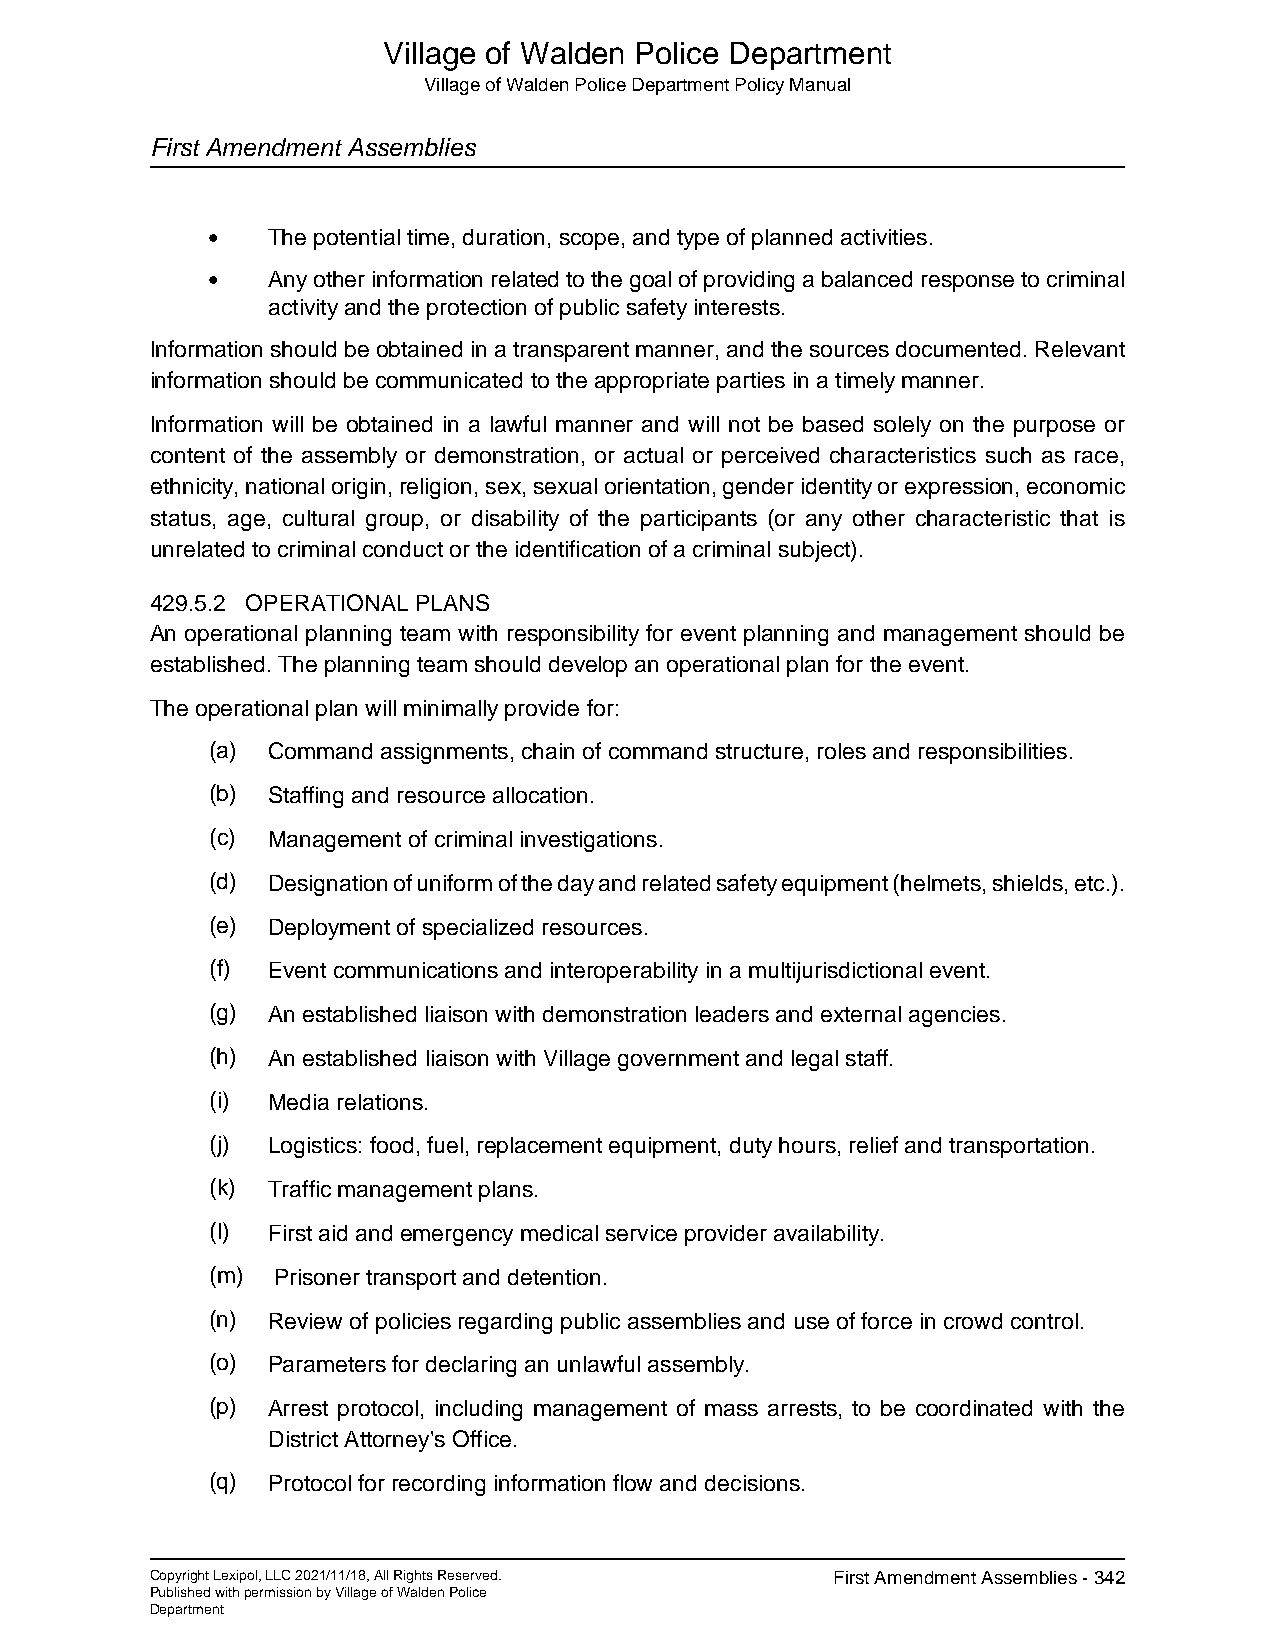
Village of Walden Police Department
 Village of Walden Police Department Policy Manual
 First Amendment Assemblies
 •   The potential time, duration, scope, and type of planned activities.
 •   Any other information related to the goal of providing a balanced response to criminal
 activity and the protection of public safety interests.
 Information should be obtained in a transparent manner, and the sources documented. Relevant
 information should be communicated to the appropriate parties in a timely manner.
 Information will be obtained in a lawful manner and will not be based solely on the purpose or
 content of the assembly or demonstration, or actual or perceived characteristics such as race,
 ethnicity, national origin, religion, sex, sexual orientation, gender identity or expression, economic
 status, age, cultural group, or disability of the participants (or any other characteristic that is
 unrelated to criminal conduct or the identification of a criminal subject).
 429.5.2 OPERATIONAL PLANS
 An operational planning team with responsibility for event planning and management should be
 established. The planning team should develop an operational plan for the event.
 The operational plan will minimally provide for:
 (a) Command assignments, chain of command structure, roles and responsibilities.
 (b) Staffing and resource allocation.
 (c) Management of criminal investigations.
 (d) Designation of uniform of the day and related safety equipment (helmets, shields, etc.).
 (e) Deployment of specialized resources.
 (f) Event communications and interoperability in a multijurisdictional event.
 (g) An established liaison with demonstration leaders and external agencies.
 (h) An established liaison with Village government and legal staff.
 (i) Media relations.
 (j) Logistics: food, fuel, replacement equipment, duty hours, relief and transportation.
 (k) Traffic management plans.
 (l) First aid and emergency medical service provider availability.
 (m) Prisoner transport and detention.
 (n) Review of policies regarding public assemblies and use of force in crowd control.
 (o) Parameters for declaring an unlawful assembly.
 (p) Arrest protocol, including management of mass arrests, to be coordinated with the
 District Attorney's Office.
 (q) Protocol for recording information flow and decisions.
 Copyright Lexipol, LLC 2021/11/18, All Rights Reserved. First Amendment Assemblies - 342
 Published with permission by Village of Walden Police
 Department